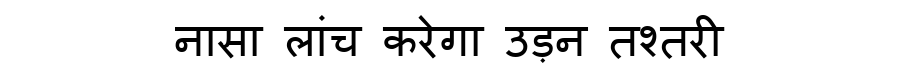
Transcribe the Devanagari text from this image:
नासा लांच करेगा उड़न तश्तरी